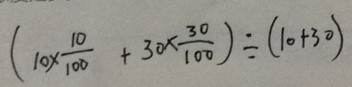
( 1 0 \times \frac { 1 0 } { 1 0 0 } + 3 0 \times \frac { 3 0 } { 1 0 0 } ) \div ( 1 0 + 3 0 )